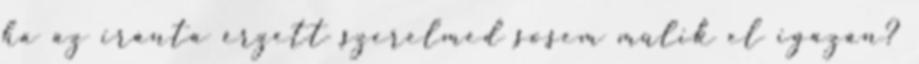
ha az iránta érzett szerelmed sosem múlik el igazán?